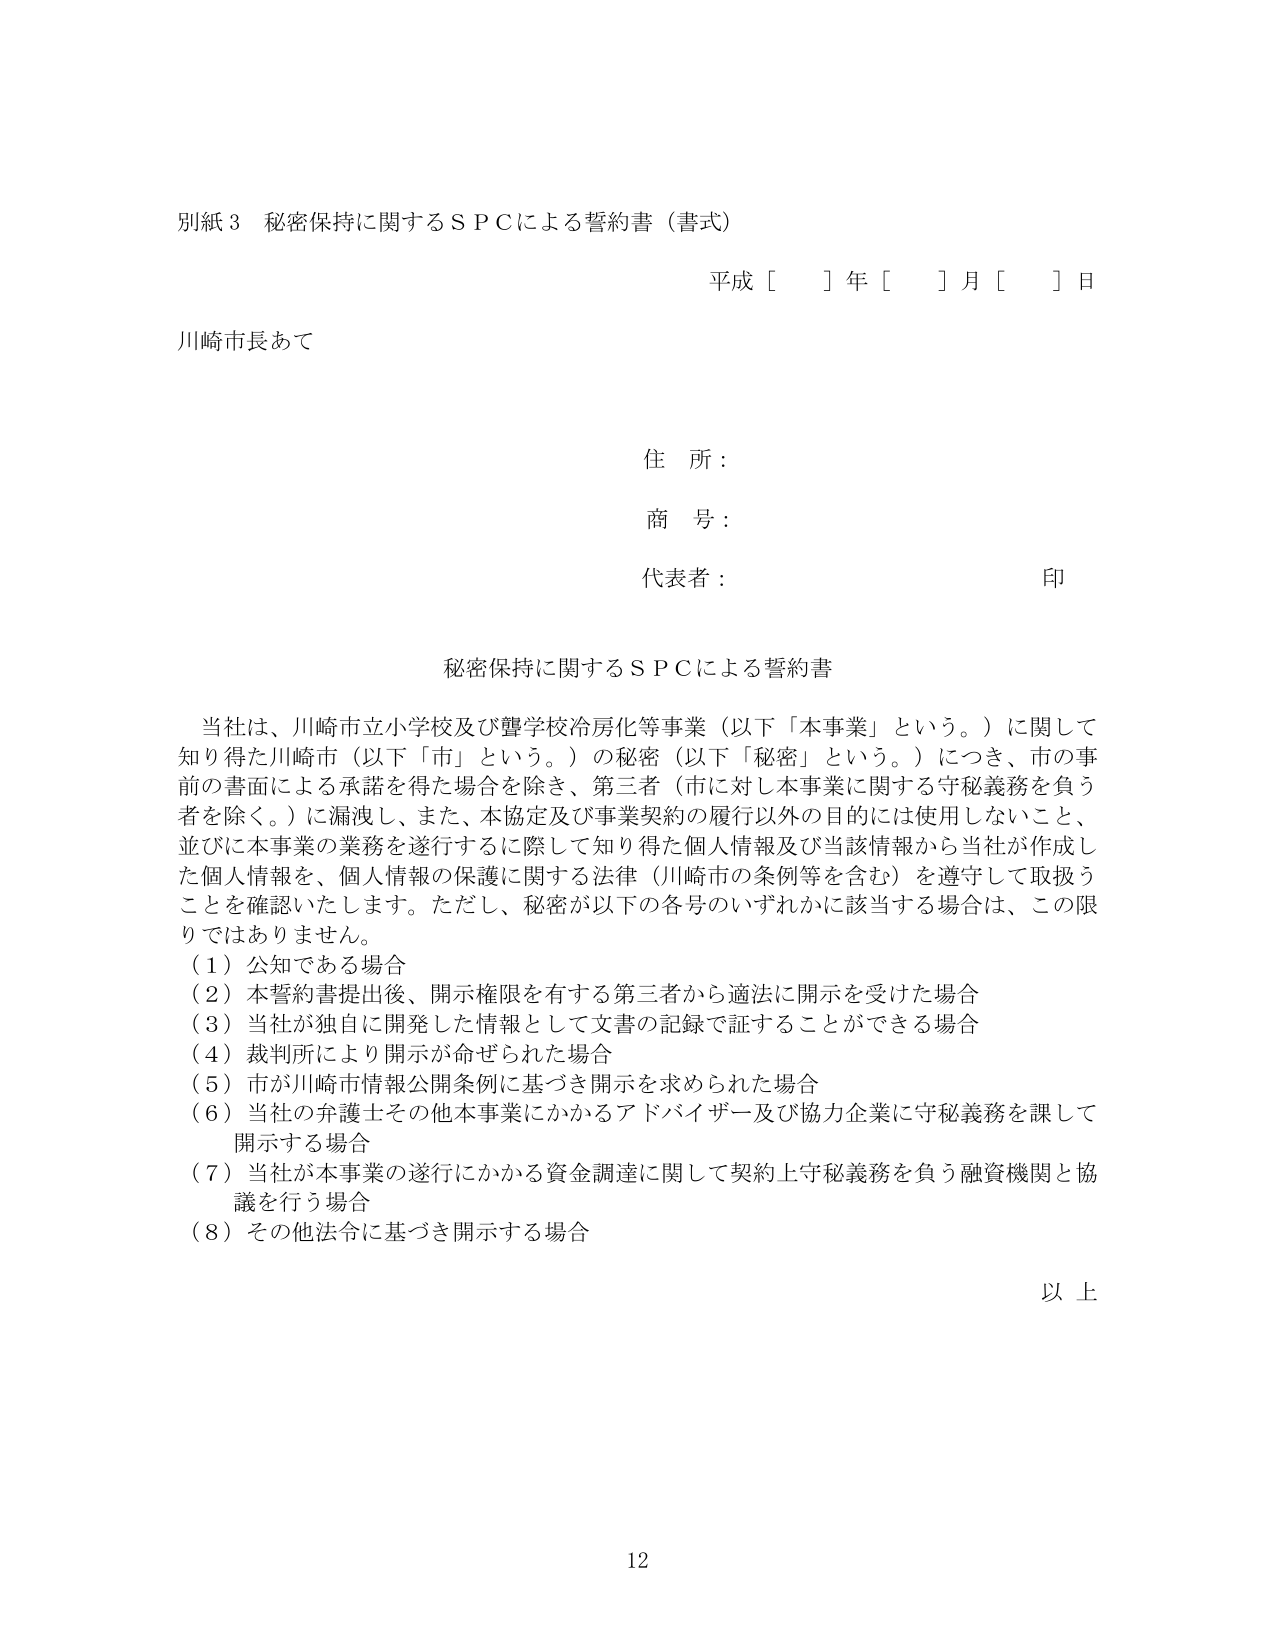
別紙３ 秘密保持に関するＳＰＣによる誓約書（書式）

平成［　］年［　］月［　］日

川崎市長あて

住 所：

商 号：

代表者：